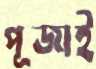
পূজাই